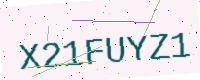
Text: X21FUYZ1